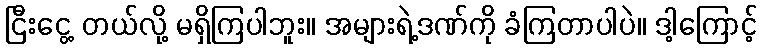
ငြီးငွေ့ တယ်လို့ မရှိကြပါဘူး။ အများရဲ့ဒဏ်ကို ခံကြတာပါပဲ။ ဒါ့ကြောင့်